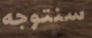
سنتوجه